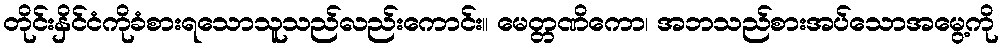
တိုင်းနှိင်ငံကိုခံစားရသောသူသည်လည်းကောင်း။ မေတ္တဏိကော၊ အဘသည်စားအပ်သောအမွေ့ကို